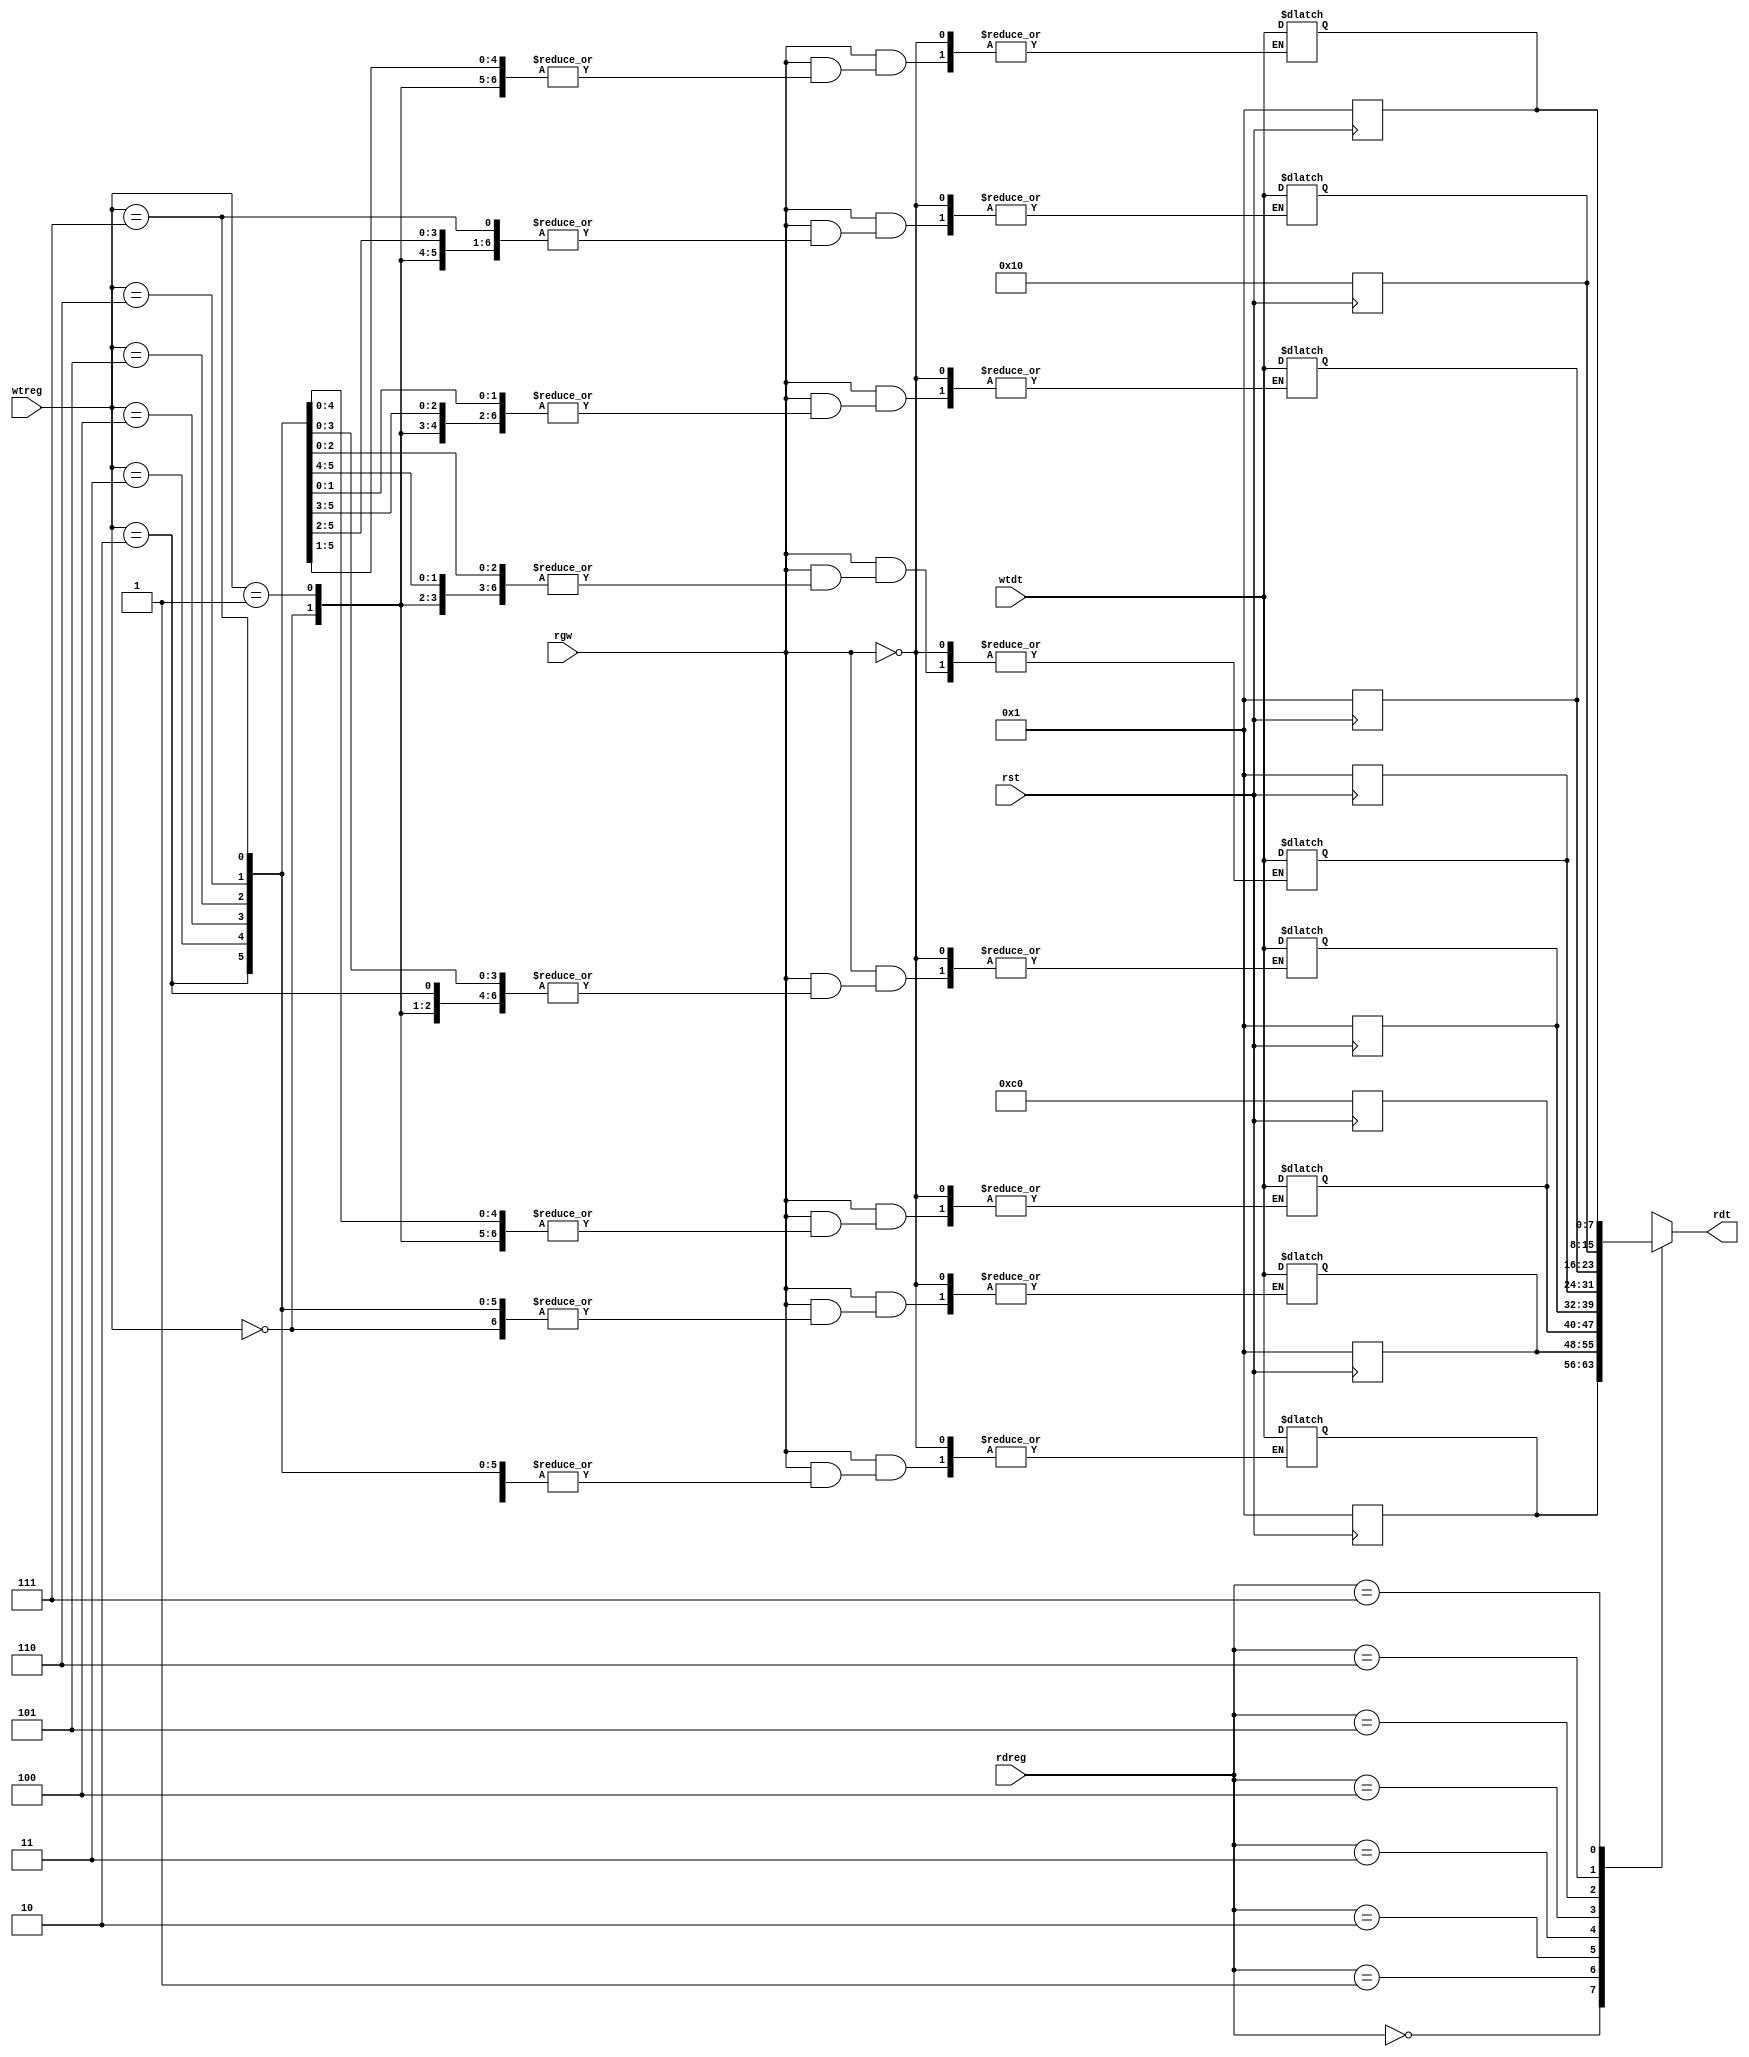
`timescale 1ns / 1ps
module reg_file(
input [2:0] rdreg,
input [2:0] wtreg,
input [7:0] wtdt,
input rgw,
input rst,
output [7:0] rdt);
reg [7:0]reg_bank[7:0];
always@(negedge rst)
if(rst==0)
begin
reg_bank[0]=1;
reg_bank[1]=1;
reg_bank[2]=8'b11000000;
reg_bank[3]=1;
reg_bank[4]=1;
reg_bank[5]=1;
reg_bank[6]=8'b00010000;
reg_bank[7]=1;
end 
always@(wtdt,wtreg)
begin
if(rgw==1)
reg_bank[wtreg]=wtdt;
end 
assign rdt=reg_bank[rdreg];
endmodule